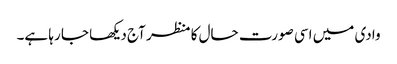
وادی میں اسی صورت حال کا منظر آج دیکھا جا رہا ہے۔